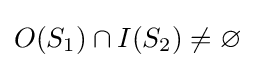
O(S_{1})\cap I(S_{2})\neq \varnothing